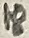
Text: 18